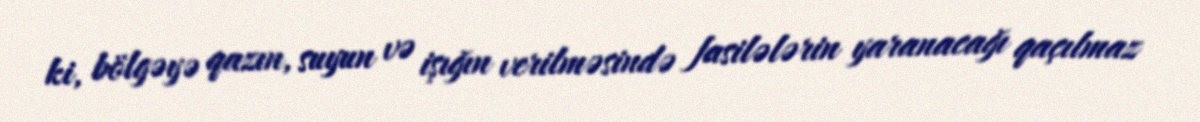
ki, bölgəyə qazın, suyun və işığın verilməsində fasilələrin yaranacağı qaçılmaz